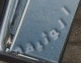
الوثيقة